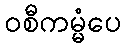
ဝစီကမ္မံပေ